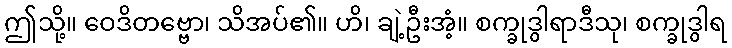
ဤသို့။ ဝေဒိတဗ္ဗော၊ သိအပ်၏။ ဟိ၊ ချဲ့ဦးအံ့။ စက္ခုဒွါရာဒီသု၊ စက္ခုဒွါရ